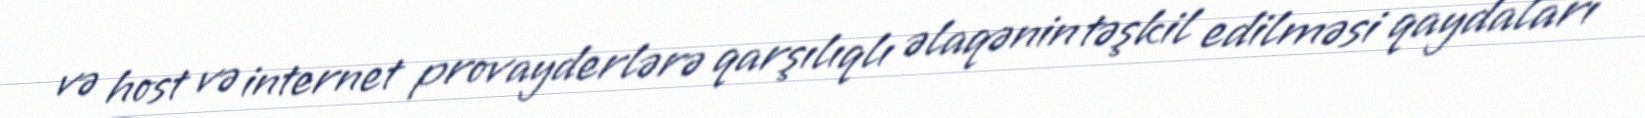
və host və internet provayderlərə qarşılıqlı əlaqənin təşkil edilməsi qaydaları